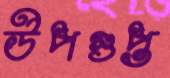
উপগুপ্ত